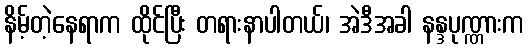
နိမ့်တဲ့နေရာက ထိုင်ပြီး တရားနာပါတယ်၊ အဲဒီအခါ နန္ဒပုဏ္ဏားက